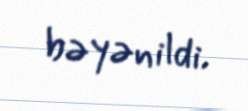
bəyənildi.